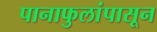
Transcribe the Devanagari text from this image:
पानाफुलांपासून